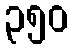
၃၅၀